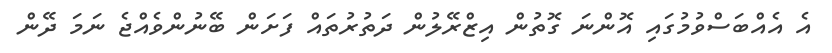
އެ އެއްބަސްވުމުގައި އޮންނަ ގޮތުން އިޒްރޭލުން ދަތުރުތައް ފަށަން ބޭނުންވެއްޖެ ނަމަ ދޭން